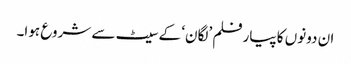
ان دونوں کا پیارفلم ’لگان‘ کے سیٹ سے شروع ہوا۔